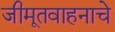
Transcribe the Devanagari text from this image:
जीमूतवाहनाचे